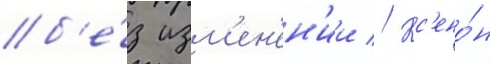
б'е́з изм'ен'ен'ии // Кс'ено́н